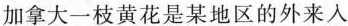
加拿大一枝黄花是某地区的外来入